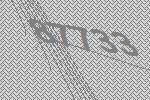
87733